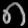
Digit: ၈